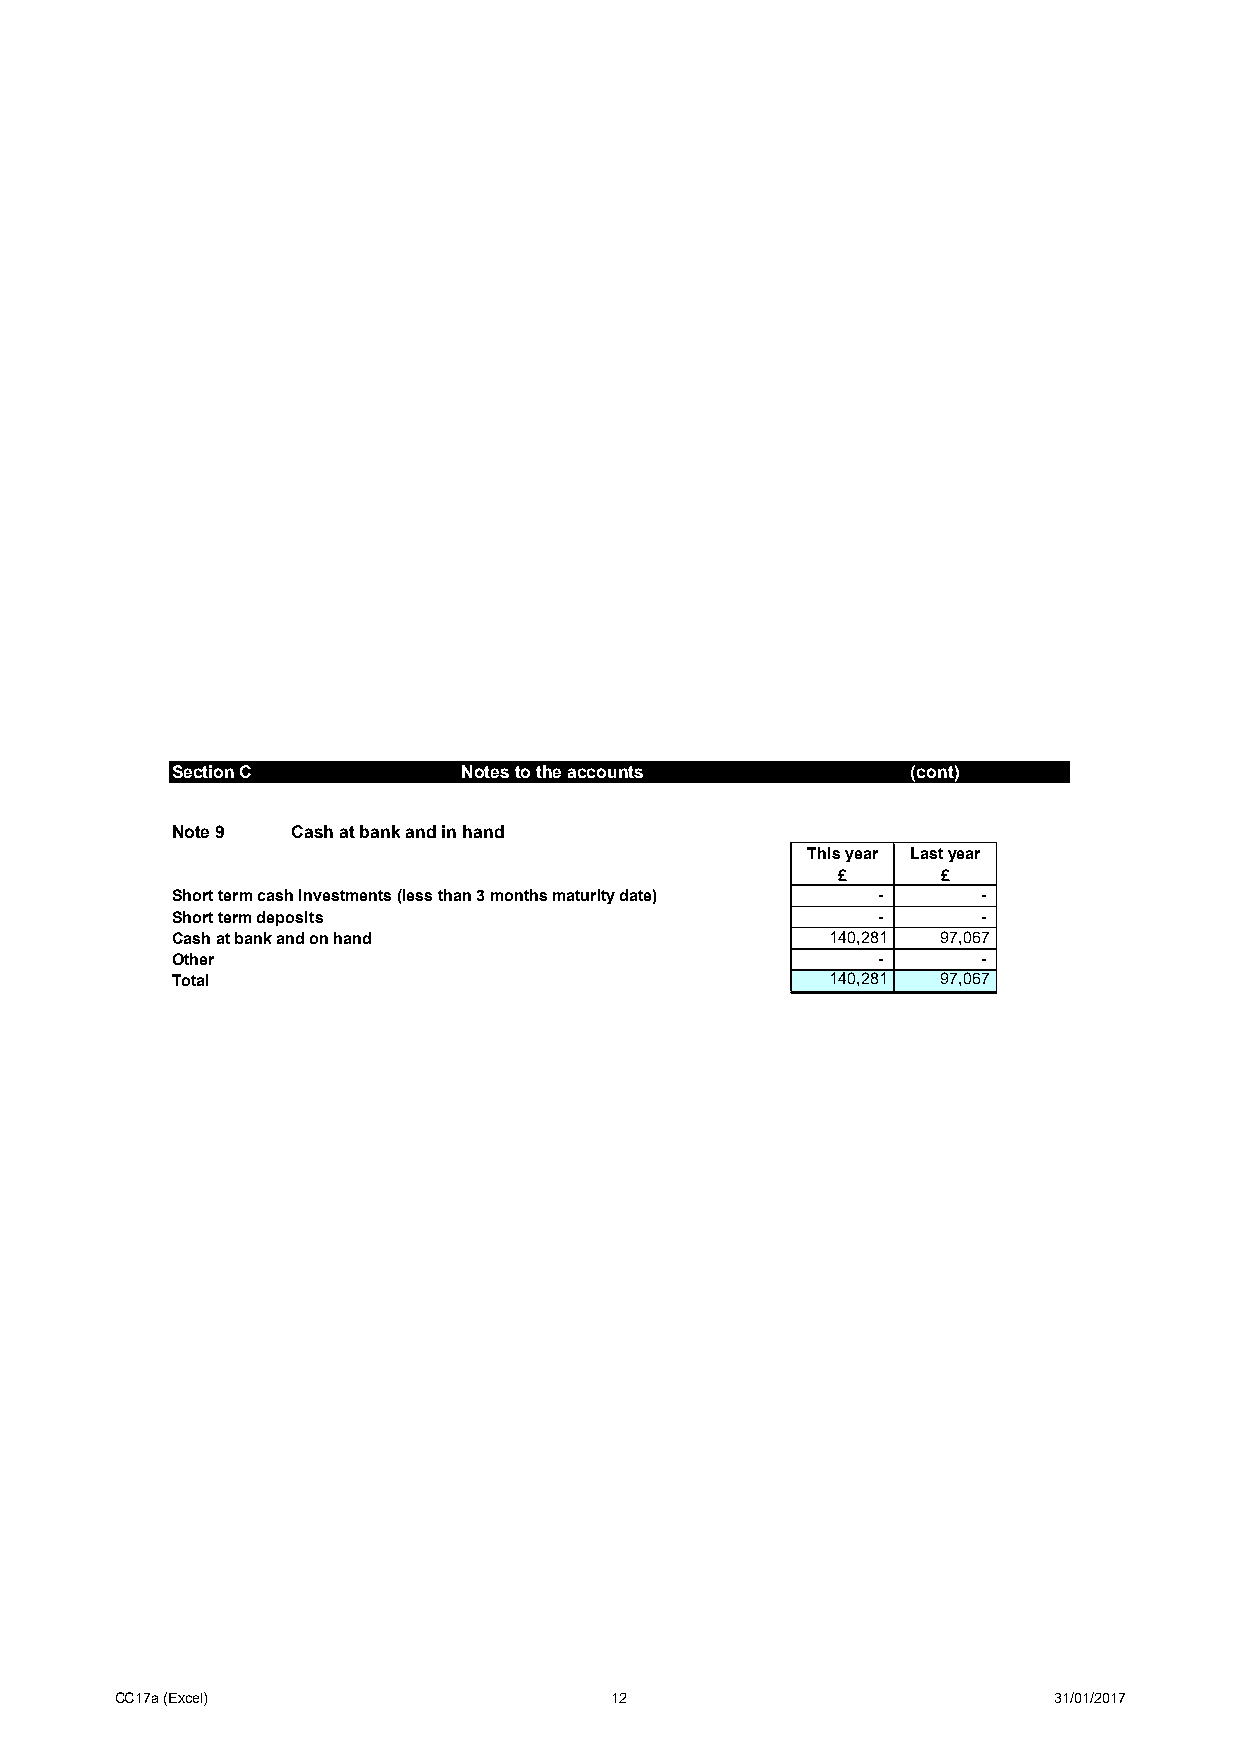
Section C           Notes to the accounts        (cont)
 Note 9  Cash at bank and in hand
 This year Last year
 £      £
 Short term cash investments (less than 3 months maturity date) - -
 Short term deposits                            -      -
 Cash at bank and on hand                    140,281 97,067
 Other                                          -      -
 Total                                       140,281 97,067
 CC17a (Excel)                   12                            31/01/2017